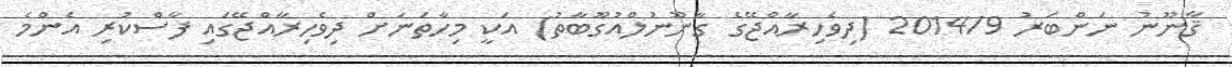
ޤާނޫނު ނަންބަރު 2014/9 (ދިވެހިރާއްޖޭގެ ގާނޫނުލްއުގޫބާތު) އަކީ މިހާތަނަށް ދިވެހިރާއްޖޭގައި ފާސްކުރި އެންމެ